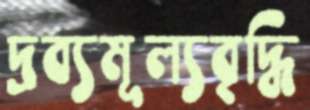
দ্রব্যমূল্যবৃদ্ধি